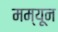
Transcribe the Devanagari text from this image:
मम्यून